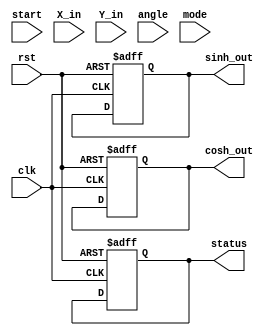
module hyperbolic_cordic (
    input wire clk,
    input wire rst,
    input wire start,
    input wire [15:0] X_in,   // Fixed-point representation of X
    input wire [15:0] Y_in,   // Fixed-point representation of Y
    input wire [15:0] angle,  // Angle of rotation in radians
    input wire mode,          // 0 for circular, 1 for hyperbolic
    output reg [15:0] sinh_out, // Output for sinh(X)
    output reg [15:0] cosh_out, // Output for cosh(X)
    output reg status          // Status signal
);

    // Parameters
    parameter NUM_ITERATIONS = 16; // Number of CORDIC iterations
    parameter FIXED_POINT_FRAC_BITS = 12; // Fractional bits in fixed-point representation

    // Internal signals
    reg [15:0] X, Y, Z; // X, Y, and Z registers
    reg [15:0] angle_table [0:NUM_ITERATIONS-1]; // Angle lookup table
    reg [3:0] iteration; // Iteration counter
    reg done;           // Completion flag

    // Initialize angle lookup table for hyperbolic functions
    initial begin
        angle_table[0] = 16'h0000; // atan(1) in fixed-point
        angle_table[1] = 16'h0001; // atan(1/2)
        angle_table[2] = 16'h0002; // atan(1/4)
        // Fill in the rest of the angle values as needed...
    end

    // Control Logic
    always @(posedge clk or posedge rst) begin
        if (rst) begin
            X <= 0;
            Y <= 0;
            Z <= 0;
            iteration <= 0;
            done <= 0;
            sinh_out <= 0;
            cosh_out <= 0;
            status <= 0;
        end else if (start && !done) begin
            // Load initial values
            X <= X_in;
            Y <= Y_in;
            Z <= angle;
            iteration <= 0;
            done <= 0;
        end else if (!done && iteration < NUM_ITERATIONS) begin
            // CORDIC iteration
            if (Z < 0) begin
                // Perform rotation
                X <= X + (Y >>> iteration);
                Y <= Y + (X >>> iteration);
                Z <= Z + angle_table[iteration];
            end else begin
                // Perform rotation in the opposite direction
                X <= X - (Y >>> iteration);
                Y <= Y - (X >>> iteration);
                Z <= Z - angle_table[iteration];
            end
            iteration <= iteration + 1;
        end else if (iteration == NUM_ITERATIONS) begin
            // Output results
            sinh_out <= Y; // Y contains sinh(X)
            cosh_out <= X; // X contains cosh(X)
            done <= 1;
            status <= 1; // Indicate completion
        end
    end

endmodule